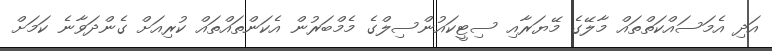
އަދި އެމަސައްކަތްތައް މާލޭގެ މޭޔަރާއި ސިޓީކައުންސިލްގެ މެމްބަރުން އެކަންތައްތައް ކުރިއަށް ގެންދަވާނެ ކަމަށް